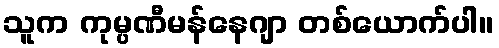
သူက ကုမ္ပဏီမန်နေဂျာ တစ်ယောက်ပါ။